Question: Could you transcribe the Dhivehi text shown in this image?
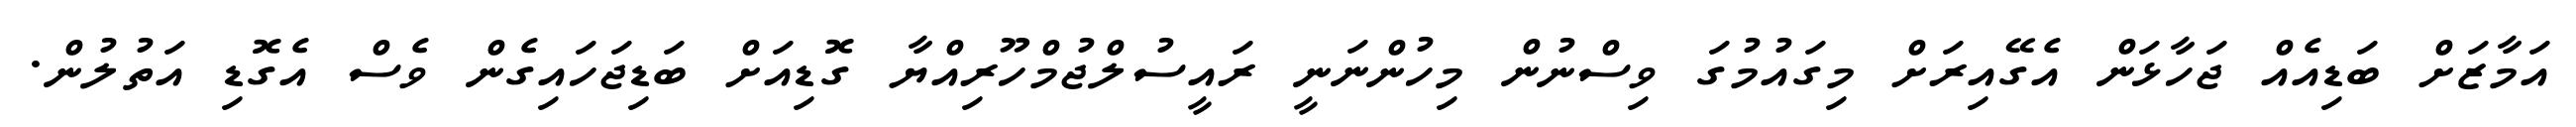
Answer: އަމާޒަށް ބަޑިއެއް ޖަހާޅަން އެގޭއިރަށް މިގައުމުގަ ވިސްނުން މިހުންނަނީ ރައީސުލްޖުމްހޫރިއްޔާ ގޮޑިއަށް ބަޑިޖަހައިގެން ވެސް އެގޮޑި އަތުލުން.